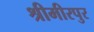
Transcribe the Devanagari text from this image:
श्रीमीरपुर